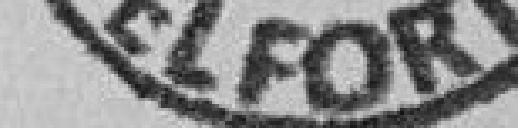
BELFORT